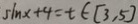
\sin x + 4 = t \in [ 3 , 5 ]